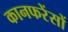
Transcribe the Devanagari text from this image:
कानफरेंसों